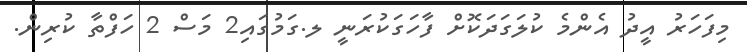
މިފަހަރު އީދު އެންމެ ކުލަގަދަކޮށް ފާހަގަކުރަނީ ލ.ގަމުގައި2 މަސް 2 ހަފްތާ ކުރިން.